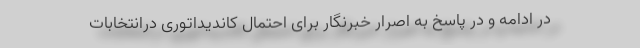
در ادامه و در پاسخ به اصرار خبرنگار برای احتمال کاندیداتوری درانتخابات